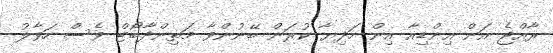
ރާއްޖެ އަށް އިންޑިއާ އިން ހަދިޔާ ކުރަން ބޭނުންވާ މަތިންދާބޯޓް ވެސް ހަވާލު